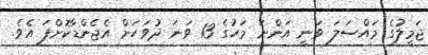
ޖަމީލުގެ މައްސަލަ ވަނީ އަންނަ މަހުގެ 13 ވަނަ ދުވަހަށް އެޖެންޑާކޮށްފަ އެވެ.